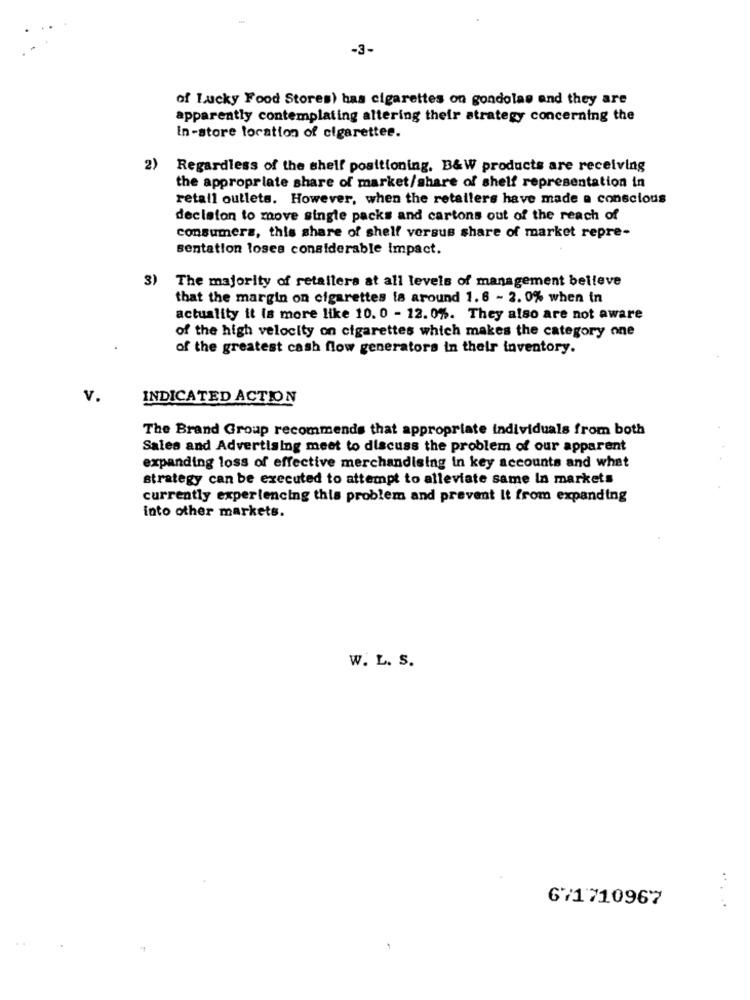
-3-
of Lucky Food Stores) has cigarettes on gondolas and they are
apparently contemplating altering their strategy concerning the
In-store location of cigarettee.
2)
Regardless of the shelf positioning, B&W products are receiving
the appropriate share of market/share of shelf representation in
retail outlets. However, when the retailers have made a conscious
decision to move single packs and cartons out of the reach of
consumers, this share of shelf versus share of market repre-
sentation loses considerable impact.
3)
The majority of retailers at all levels of management belleve
that the margin on cigarettes is around 1.6 - 2. 0% when in
actuality it is more like 10. 0 - 12. 0%. They also are not aware
of the high velocity on cigarettes which makes the category one
of the greatest cash flow generators in their inventory.
v.
INDICATED ACTION
The Brand Group recommends that appropriate individuals from both
Sales and Advertising meet to discuss the problem of our apparent
expanding loss of effective merchandising in key accounts and what
strategy can be executed to attempt to alleviate same In markets
currently experiencing this problem and prevent It from expanding
into other markets.
W. L. S.
671710967
... ..